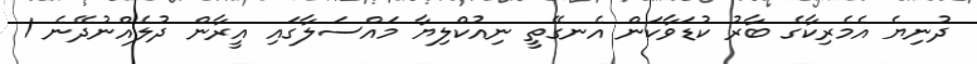
ދުނިޔެ އެމެރިކާގެ ބާރު ކުޑަވާކަން އެނގޭތީ ނިއުކްލިޔާ މައްސަލާގައި އީރާން ދުލެއްނުދޭނެ 1